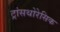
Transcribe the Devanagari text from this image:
ट्रांसथोरेसिक